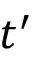
t ^ { \prime }